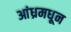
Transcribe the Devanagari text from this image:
आंध्रमधून